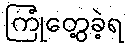
ကြုံတွေ့ခဲ့ရ